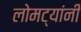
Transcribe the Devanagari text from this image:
लोमट्यांनी